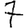
Digit: 7